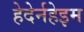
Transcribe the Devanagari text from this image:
हेदेर्नहेइम